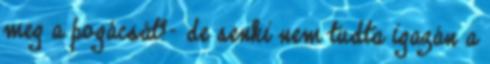
meg a pogácsát?- de senki nem tudta igazán a